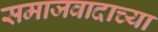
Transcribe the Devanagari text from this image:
समाजवादाच्या